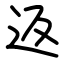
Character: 返